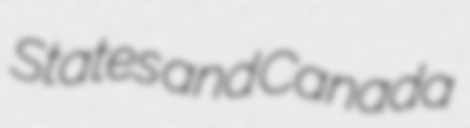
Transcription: States and Canada